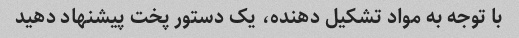
با توجه به مواد تشکیل دهنده، یک دستور پخت پیشنهاد دهید